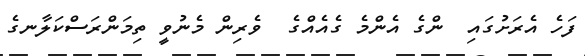
ފަހެ އެރަށުގައި  ންގެ އެންމެ ގެއެއްގެ  ވެރިން މެނުވީ ތިމަންރަސްކަލާނގެ